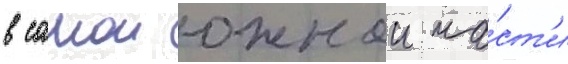
в самои южнои ча́ст'и